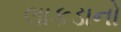
લાકડાનો